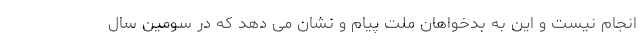
انجام نیست و این به بدخواهان ملت پیام و نشان می دهد که در سومین سال